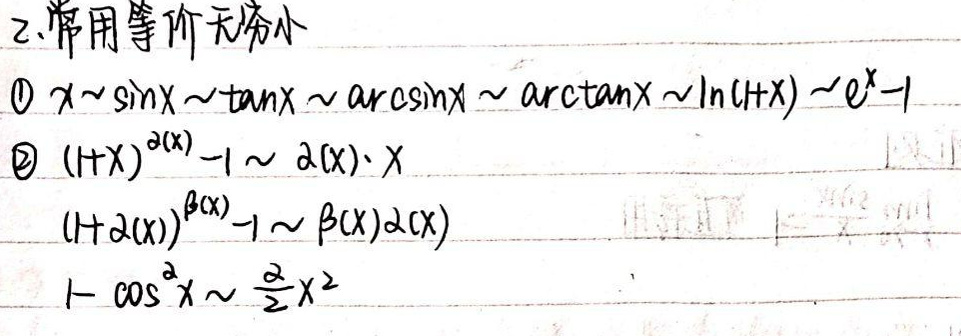
2. 常用等价无穷小
\begin{enumerate}
\item $x\sim\sin x\sim\tan x\sim\arcsin x\sim\arctan x\sim\ln(1 + x)\sim e^{x}-1$
\item $(1 + x)^{\alpha(x)}-1\sim\alpha(x)\cdot x$，$(1+\alpha(x))^{\beta(x)}-1\sim\beta(x)\alpha(x)$，$1-\cos^{\alpha}x\sim\frac{\alpha}{2}x^{2}$
\end{enumerate}